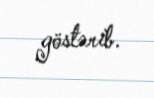
göstərib.